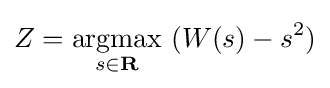
Z={\underset {s\in \mathbf {R} }{\operatorname {argmax} }}\ (W(s)-s^{2})